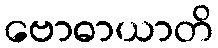
ဗောဓာယာတိ